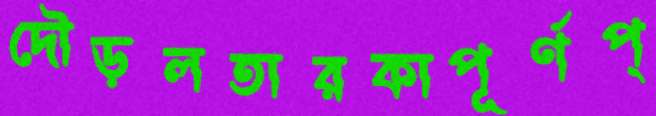
দৌড়লতারকাপূর্ণপ্